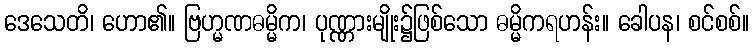
ဒေသေတိ၊ ဟော၏။ ဗြဟ္မဏဓမ္မိက၊ ပုဏ္ဏားမျိုး၌ဖြစ်သော ဓမ္မိကရဟန်း။ ခေါပန၊ စင်စစ်။